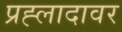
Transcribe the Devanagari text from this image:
प्रह्लादावर